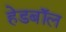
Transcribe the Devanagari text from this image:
हेडबॉल